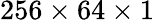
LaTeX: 256\times 64\times 1